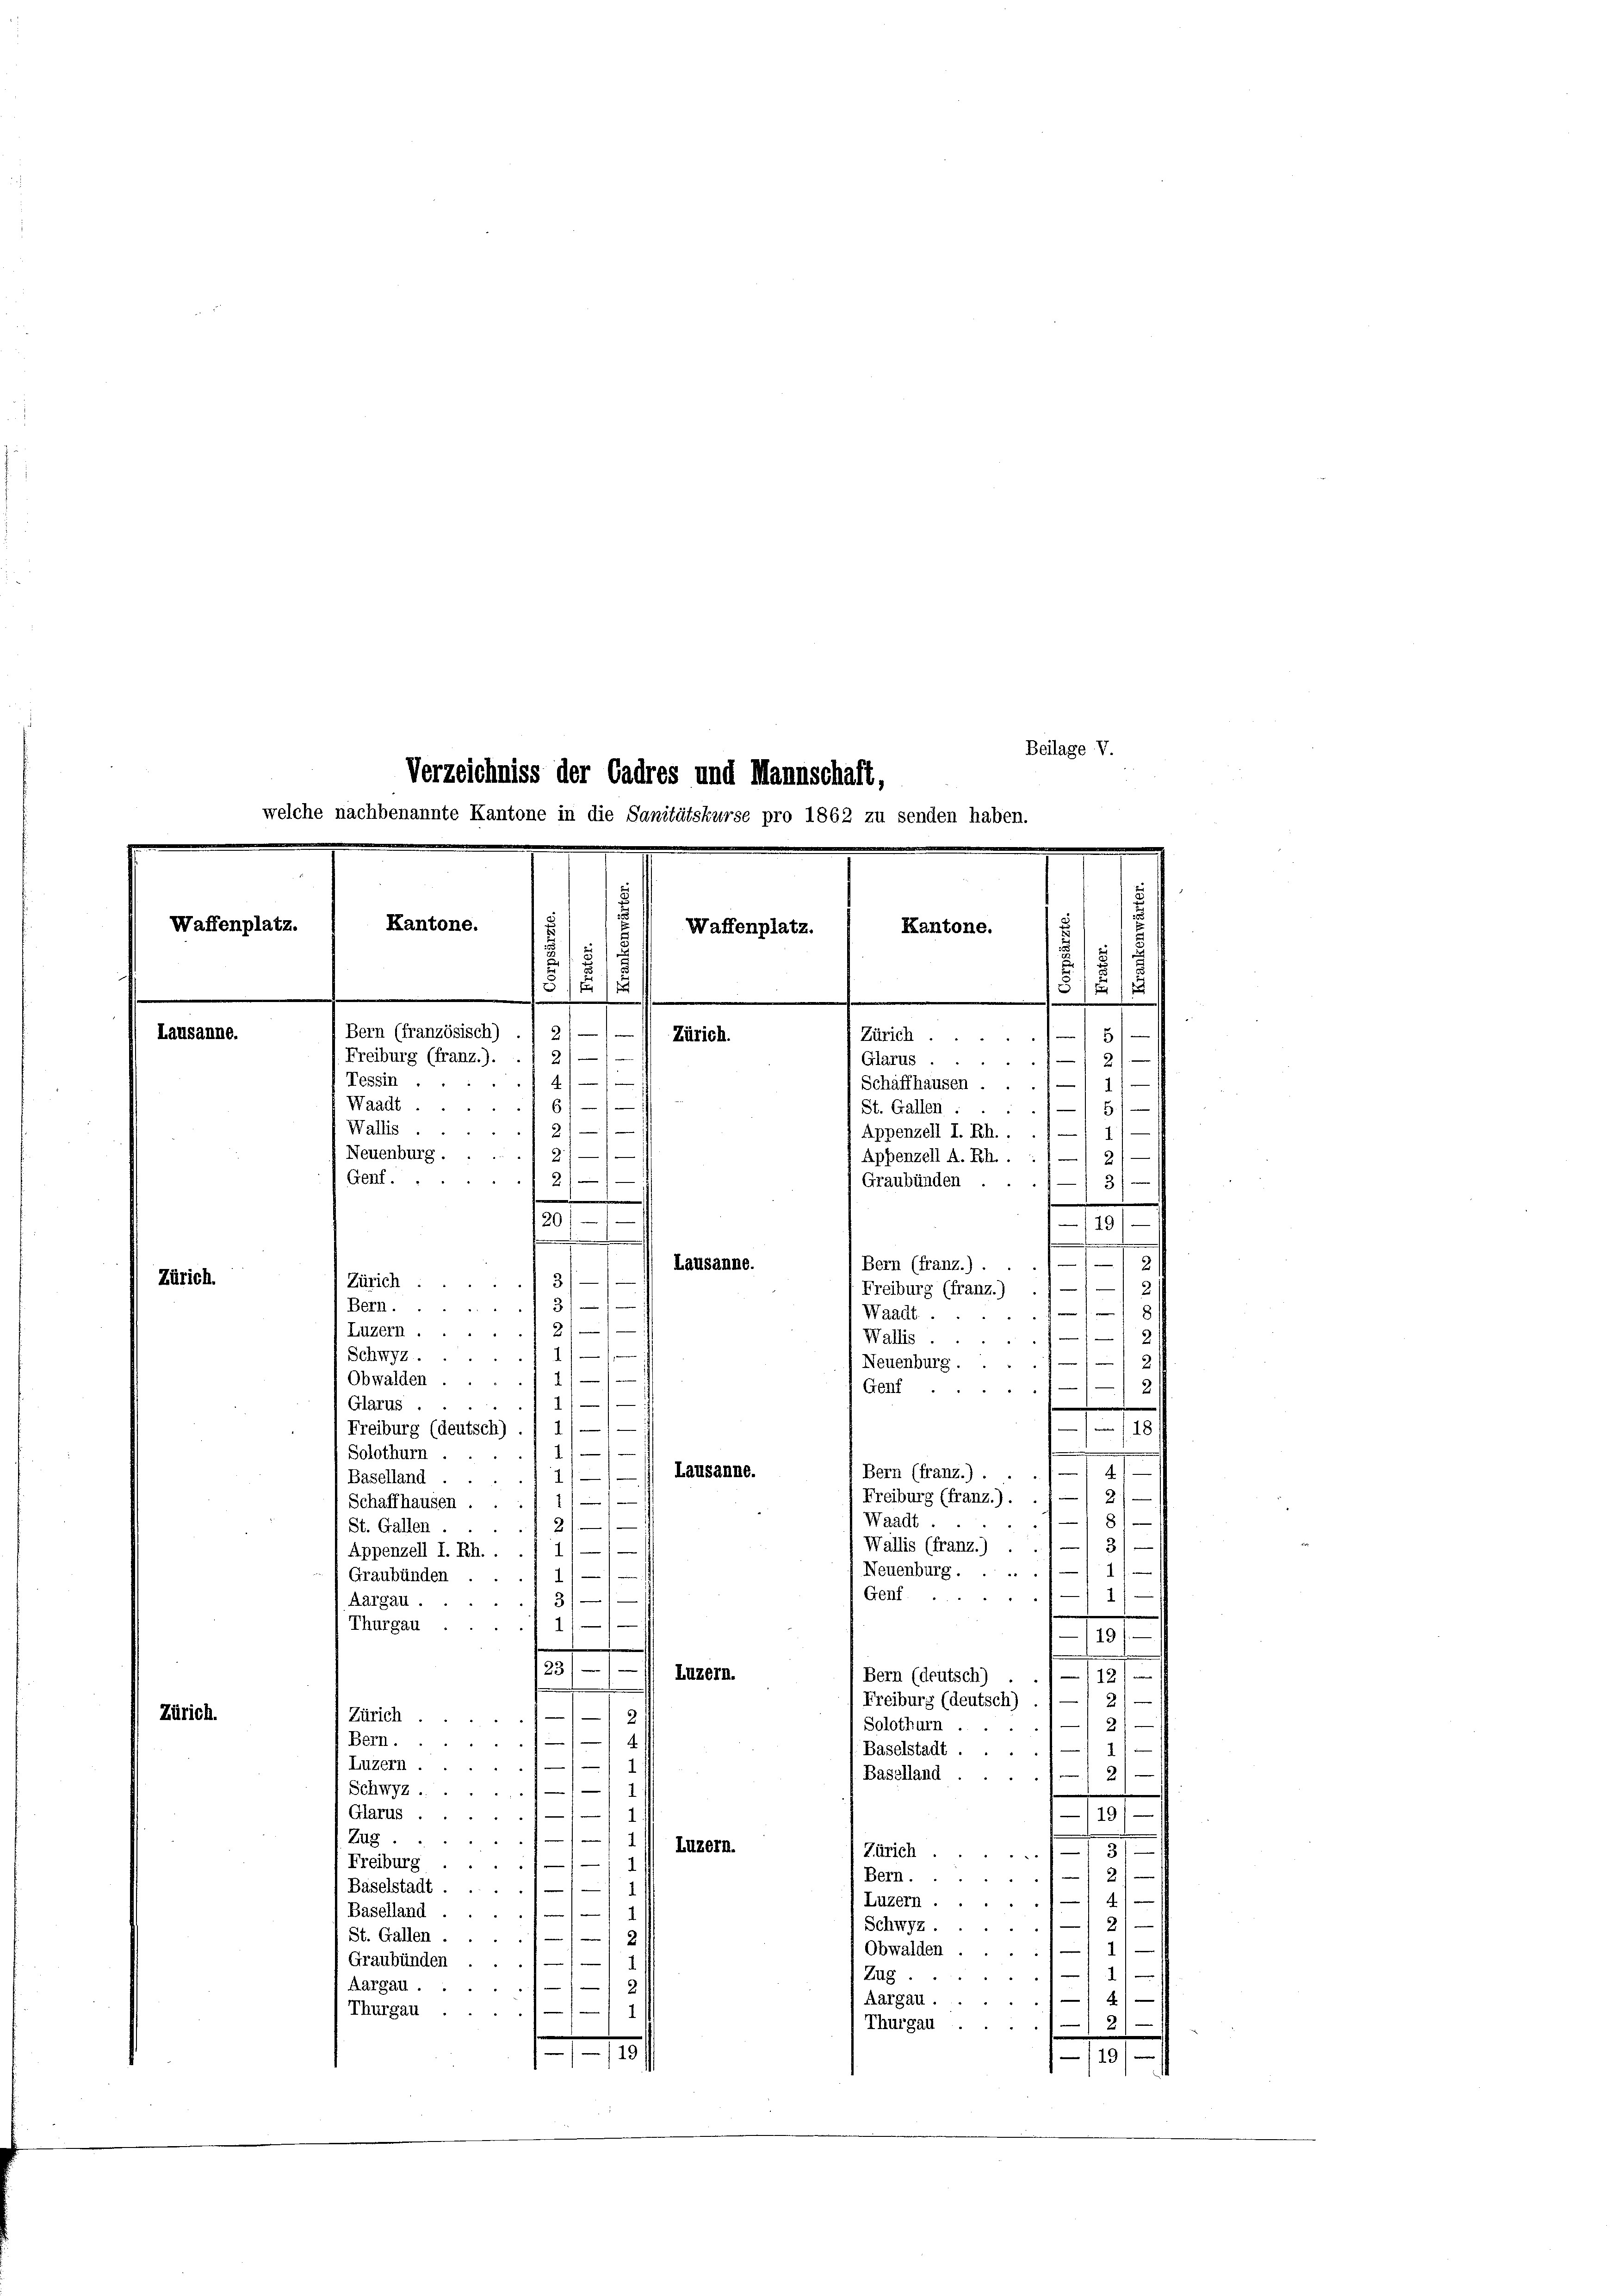
Waffenplatz.
Lausanne.

Zürich.

Zürich.

Verzeichniss der Cadres und Mannschaft,
welche nachbenannte Kantone in die Sanitätskurse pro 1862 zu senden haben.
Kantone.
e

Beilage V.
s
Kantone.
Waffenplatz.
2
21
5/4/
1
2
Bern (französisch)
2
e
Zürich.
Zürich ..
5
4
 wrennen
2
Freiburg (franz.).
Glarus.1)
¬
Tessin
f
4
Schaffhausen . . . 1
Waadt
6
St. Gallen ... 5.
Wallis
e
21
Appenzell I. Rh..
Neuenburg ...... 21—1
Appenzell A. Rh. . .
Genf.
21)
Graubünden ...
3/

.
120//
/19)
f
.
e

Lausanne.
Zürich
31
.
Bern.
31
Luzern.2)
Schwyz 1/1
2
Obwalden ...
Glarus.
1
2
Freiburg (deutsch) . / 1) — —
2
Solothurn ...
Lausanne.
1)
Baselland ..
1
Schaffhausen ...
St. Gallen .... 2/
1)
Appenzell I. Rh..
) Graubünden ... 1/
Aargau.13/
Thurgau 11.
23/ — 1) Luzern.
.
Zürich
2
1
Bern.
4
Luzern.
1
Schwyz.// 1

Glarus.
Zug.1
Luzern.
Freiburg./—1—1
Baselstadt-1/ 1/
Baselland
4
St. Gallen.
/2
Graubünden
/
1
Aargau.

Thurgau.
1
m

1
Bern (franz.) .
Freiburg (franz.) ./ —1 —
.
Waadt.
Wallis

¬
Neuenburg
1
Genf
f
¬
181
.
Bern (franz.) . . . 4
2/
Freiburg (franz.) . .
Waadt
18
Wallis (franz.) . ./ — 3) —
Neuenburg . . . 11 1/
Genf 1
0
12
Bern (deutsch) . . / —
e
Freiburg (deutsch)
2)
e
Solothurn.
2)
.
1
Baselstadt ...
Baselland
2)
.
.
1—119/
3.
(Zürich.
2
Bern 2/
(Luzern 11 4
2
 Schwyz.
54. 545
1)
Obwalden .....
1
Zug
1
4)
Aargau.
44
Thurgau
2)
/19/